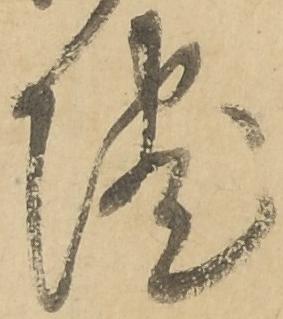
院